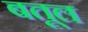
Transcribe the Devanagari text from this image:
बतूल